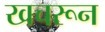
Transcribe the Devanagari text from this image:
खचरून